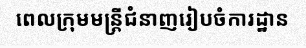
ពេលក្រុមមន្ត្រីជំនាញរៀបចំការដ្ឋាន